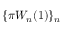
\{ \pi W _ { n } ( 1 ) \} _ { n }